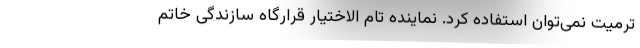
ترمیت نمی‌توان استفاده کرد. نماینده تام الاختیار قرارگاه سازندگی خاتم